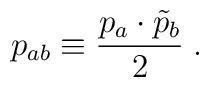
p_{ab}\equiv \frac{p_a \cdot \tilde{p}_b}{2}\;.